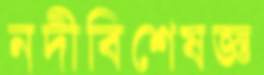
নদীবিশেষজ্ঞ